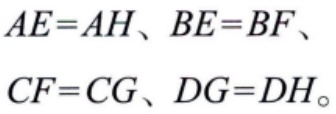
\(AE = AH、BE = BF、\\CF = CG、DG = DH。\)